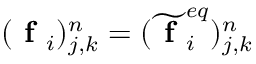
( \textbf { f } _ { i } ) _ { j , k } ^ { n } = ( \widetilde { \textbf { f } } _ { i } ^ { e q } ) _ { j , k } ^ { n }